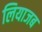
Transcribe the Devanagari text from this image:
लियाजब